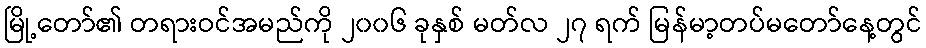
မြို့တော်၏ တရားဝင်အမည်ကို ၂၀၀၆ ခုနှစ် မတ်လ ၂၇ ရက် မြန်မာ့တပ်မတော်နေ့တွင်